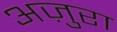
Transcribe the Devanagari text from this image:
अज़ुरा